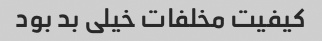
کیفیت مخلفات خیلی بد بود